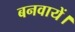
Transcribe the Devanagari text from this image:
बनवायें।